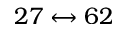
2 7 \leftrightarrow 6 2